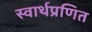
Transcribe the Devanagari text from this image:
स्वार्थप्रणित